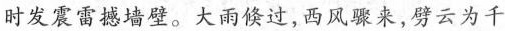
时发震雷撼墙壁。大雨倏过，西风骤来，劈云为千